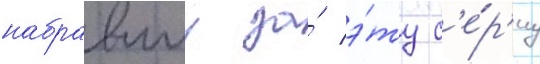
набравшии за́ э́ту с'е́р'иу